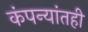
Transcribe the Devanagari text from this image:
कंपन्यांतही